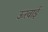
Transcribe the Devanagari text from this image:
ऊरवाई